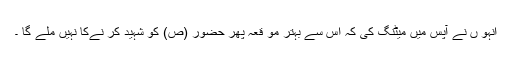
انہو ں نے آپس میں میٹنگ کی کہ اس سے بہتر مو قعہ پھر حضور (ص) کو شہید کر نےکا نہیں ملے گا ۔